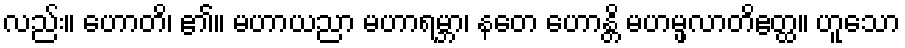
လည်း။ ဟောတိ၊ ၏။ မဟာယညာ မဟာရမ္ဘာ၊ နတေ ဟောန္တိ မဟမ္ဖလာတိဧတ္ထ။ ဟူသော